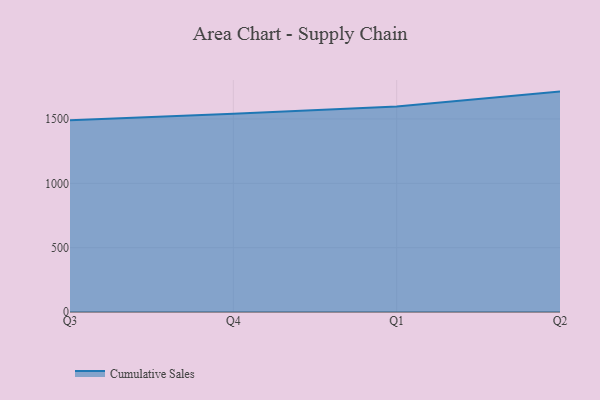
{"axis": {"x": "Quarter", "y": "Tickets Resolved"}, "legend": ["Cumulative Sales"], "data": [{"x": "Q3", "y": 1490.0, "type": "Cumulative Sales"}, {"x": "Q4", "y": 1540.0, "type": "Cumulative Sales"}, {"x": "Q1", "y": 1596.1, "type": "Cumulative Sales"}, {"x": "Q2", "y": 1712.8, "type": "Cumulative Sales"}]}